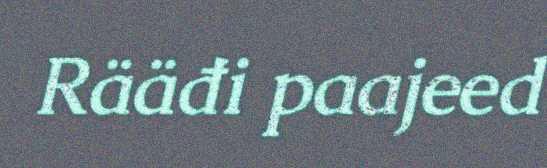
Rääđi paajeed